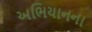
અભિયાનના